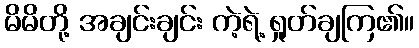
မိမိတို့ အချင်းချင်း ကဲ့ရဲ့ ရှုတ်ချကြ၏။